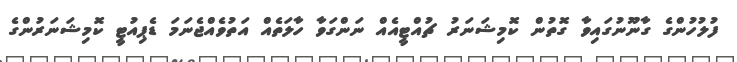
ފުލުހުންގެ ގާނޫނުގައިވާ ގޮތުން ކޮމިޝަނަރު ޗުއްޓީއެއް ނަންގަވާ ހާލަތެއް އަތުވެއްޖެނަމަ ޑެޕިއުޓީ ކޮމިޝަނަރުންގެ